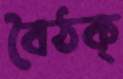
বৈঠক্